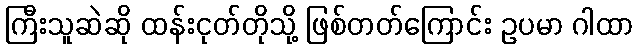
ကြီးသူဆဲဆို ထန်းငုတ်တိုသို့ ဖြစ်တတ်ကြောင်း ဥပမာ ဂါထာ